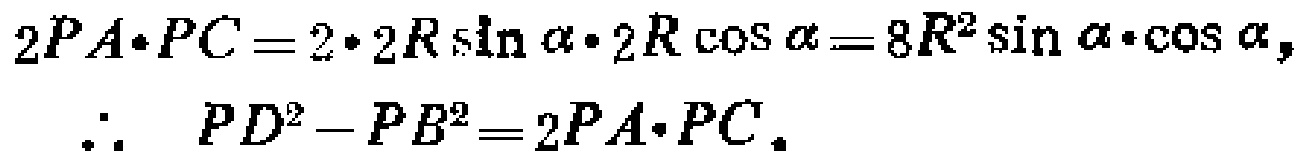
\[
\begin{align*}
2PA\cdot PC&=2\cdot 2R\sin\alpha\cdot 2R\cos\alpha = 8R^{2}\sin\alpha\cdot\cos\alpha,\\
\therefore\ PD^{2}-PB^{2}&=2PA\cdot PC.
\end{align*}
\]